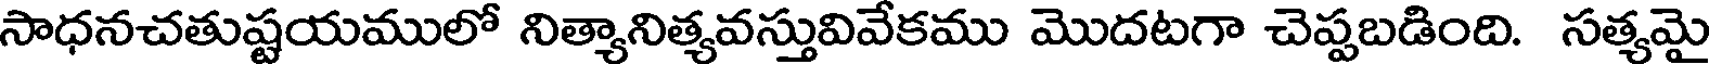
సాధనచతుష్టయములో నిత్యానిత్యవస్తువివేకము మొదటగా చెప్పబడింది. సత్యమై